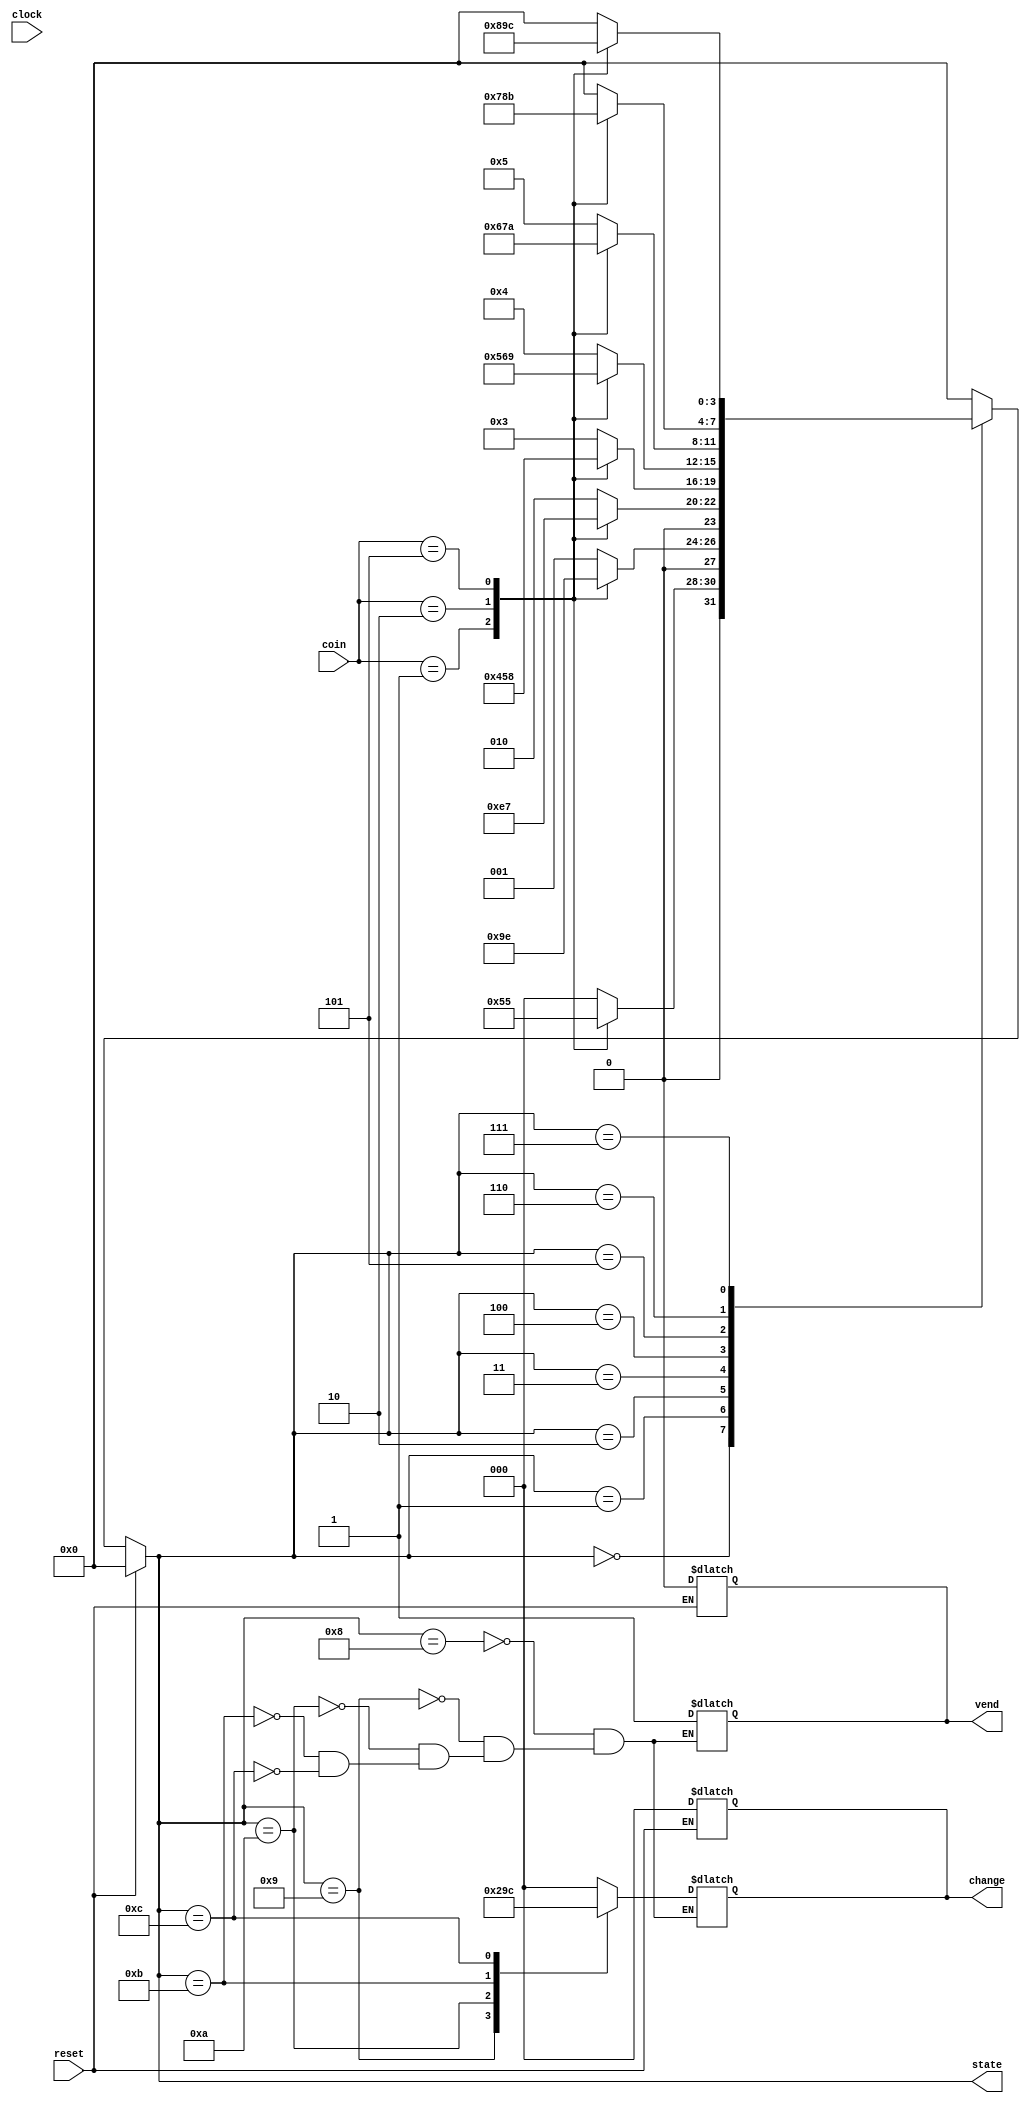
module vendB(clock,reset,coin,vend,state,change);
input clock;
input reset;
input [2:0]coin;
output vend;
output [3:0]state;
output [2:0]change;

reg vend;
reg [2:0]change;
wire [2:0]coin;

parameter [2:0]TEN=3'b001;
parameter [2:0]TWENTY=3'b010;
parameter [2:0]FIFTY=3'b101;

parameter [3:0]IDLE=4'b0000;
parameter [3:0]S10=4'b0001;
parameter [3:0]S20=4'b0010;
parameter [3:0]S30=4'b0011;
parameter [3:0]S40=4'b0100;
parameter [3:0]S50=4'b0101;
parameter [3:0]S60=4'b0110;
parameter [3:0]S70=4'b0111;
parameter [3:0]S80=4'b1000;
parameter [3:0]S90=4'b1001;
parameter [3:0]S100=4'b1010;
parameter [3:0]S110=4'b1011;
parameter [3:0]S120=4'b1100;

reg [3:0]state,next_state;

always @(state or coin)
begin
next_state=0;
case(state)
IDLE: case(coin) 
TEN: next_state=S10;
TWENTY: next_state=S20;
FIFTY: next_state=S50;
default: next_state=IDLE;
endcase
S10: case(coin) 
TEN: next_state=S20;
TWENTY: next_state=S30;
FIFTY: next_state=S60;
default: next_state=S10;
endcase
S20: case(coin) 
TEN: next_state=S30;
TWENTY: next_state=S40;
FIFTY: next_state=S70;
default: next_state=S20;
endcase
S30: case(coin) 
TEN: next_state=S40;
TWENTY: next_state=S50;
FIFTY: next_state=S80;
default: next_state=S30;
endcase
S40: case(coin) 
TEN: next_state=S50;
TWENTY: next_state=S60;
FIFTY: next_state=S90;
default: next_state=S40;
endcase
S50: case(coin) 
TEN: next_state=S60;
TWENTY: next_state=S70;
FIFTY: next_state=S100;
default: next_state=S50;
endcase
S60: case(coin) 
TEN: next_state=S70;
TWENTY: next_state=S80;
FIFTY: next_state=S110;
default: next_state=IDLE;
endcase
S70: case(coin) 
TEN: next_state=S80;
TWENTY: next_state=S90;
FIFTY: next_state=S120;
default: next_state=IDLE;
endcase
S80: begin
vend <= 1'b1;
change <= 3'd0;
#2;
next_state=IDLE;
end
S90: begin
vend <= 1'b1;
change <= 3'd1;
#2;
next_state=IDLE;
end
S100: begin
vend <= 1'b1;
change <= 3'd2;
#2;
next_state=IDLE;
end
S110: begin
vend <= 1'b1;
change <= 3'd3;
#2;
next_state=IDLE;
end
S120: begin
vend = 1'b1;
change = 3'd4;
#2;
next_state=IDLE;
end
default: next_state=IDLE;
endcase
end

always@(clock)
begin
if(reset) begin
case(state)
IDLE: change<= 3'd0;
S10: change<= 3'd1;
S20: change<= 3'd2;
S30: change<= 3'd3;
S40: change<= 3'd4;
S50: change<= 3'd5;
S60: change<= 3'd6;
S70: change<= 3'd7;
default: change<= 3'd0;
endcase 
state <= IDLE;
vend <= 1'b0;
change <= 3'd0;
end
else state <= next_state;
end
endmodule

//testbench code
module vendB_test;

reg clock,reset;
reg [2:0]coin;

wire vend;
wire [3:0]state;
wire [2:0]change;

parameter [3:0]IDLE=4'b0000;
parameter [3:0]S10=4'b0001;
parameter [3:0]S20=4'b0010;
parameter [3:0]S30=4'b0011;
parameter [3:0]S40=4'b0100;
parameter [3:0]S50=4'b0101;
parameter [3:0]S60=4'b0110;
parameter [3:0]S70=4'b0111;
parameter [3:0]S80=4'b1000;
parameter [3:0]S90=4'b1001;
parameter [3:0]S100=4'b1010;
parameter [3:0]S110=4'b1011;
parameter [3:0]S120=4'b1100;

parameter [2:0]TEN=3'b001;
parameter [2:0]TWENTY=3'b010;
parameter [2:0]FIFTY=3'b101;

vendB ex1(clock,reset,coin,vend,state,change);

initial begin

$dumpvars; $dumpfile("file.vcd");

clock=0;
reset=1; //FIRST LETS RESET THE MACHINE
#2 reset=0;
coin=TEN; //CHECK FOR STATE 1
#2 reset=1; coin=2'b00;
#2 reset=0;
coin=TWENTY;
//RESET AGAIN AND CHECK FOR STATE 2
#2 reset=1; coin=2'b00;
#2 reset=0;
//RESET AGAIN AND CHECK FOR STATE 5
coin=FIFTY;
#2 reset=1; coin=2'b00;
#2 reset=0;
//RESET AGAIN AND CHECK FOR STATE 5
coin=TEN;
#2 coin=TEN;
#2 coin=TEN;
#2 coin=TEN;
#2 coin=TEN;
#2 reset=1; coin=2'b00;
#2 reset=0;
//RESET AGAIN AND CHECK FOR STATE 5 AND SO ON
coin=TEN;
#2 coin=TWENTY;
#2 coin=TWENTY;
#2 reset=1; coin=2'b00;
#2 reset=0;
coin=TEN;
#2 coin=TWENTY;
#2 coin=FIFTY;
#2 reset=1; coin=2'b00;
#2 reset=0;
coin=TEN;
#2 coin=TEN;
#2 coin=TEN;
#2 coin=TWENTY;
#2 reset=1; coin=2'b00;
#2 reset=0;
coin=TEN;
#2 coin=TEN;
#2 coin=TEN;
#2 coin=TEN;
#2 coin=TWENTY;
#2 reset=1; coin=2'b00;
#2 reset=0;
coin=TEN;
#2 coin=TEN;
#2 coin=FIFTY;#2 reset=1; coin=2'b00;
#2 reset=0;
coin=TEN;
#2 coin=FIFTY;
#2 reset=1; coin=2'b00;end

always
#1 clock=~clock;

initial begin
if (reset)
coin=2'b00;
end

endmodule